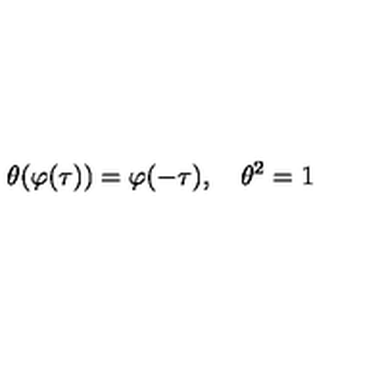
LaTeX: \theta ( \varphi ( \tau ) ) = \varphi ( - \tau ) , \quad \theta ^ { 2 } = 1